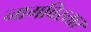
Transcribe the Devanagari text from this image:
नामविस्‍तार